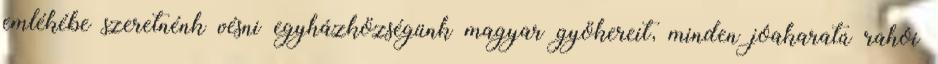
emlékébe szeretnénk vésni egyházközségünk magyar gyökereit, minden jóakaratú rahói